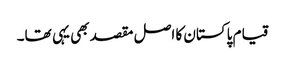
قیام پاکستان کا اصل مقصد بھی یہی تھا۔